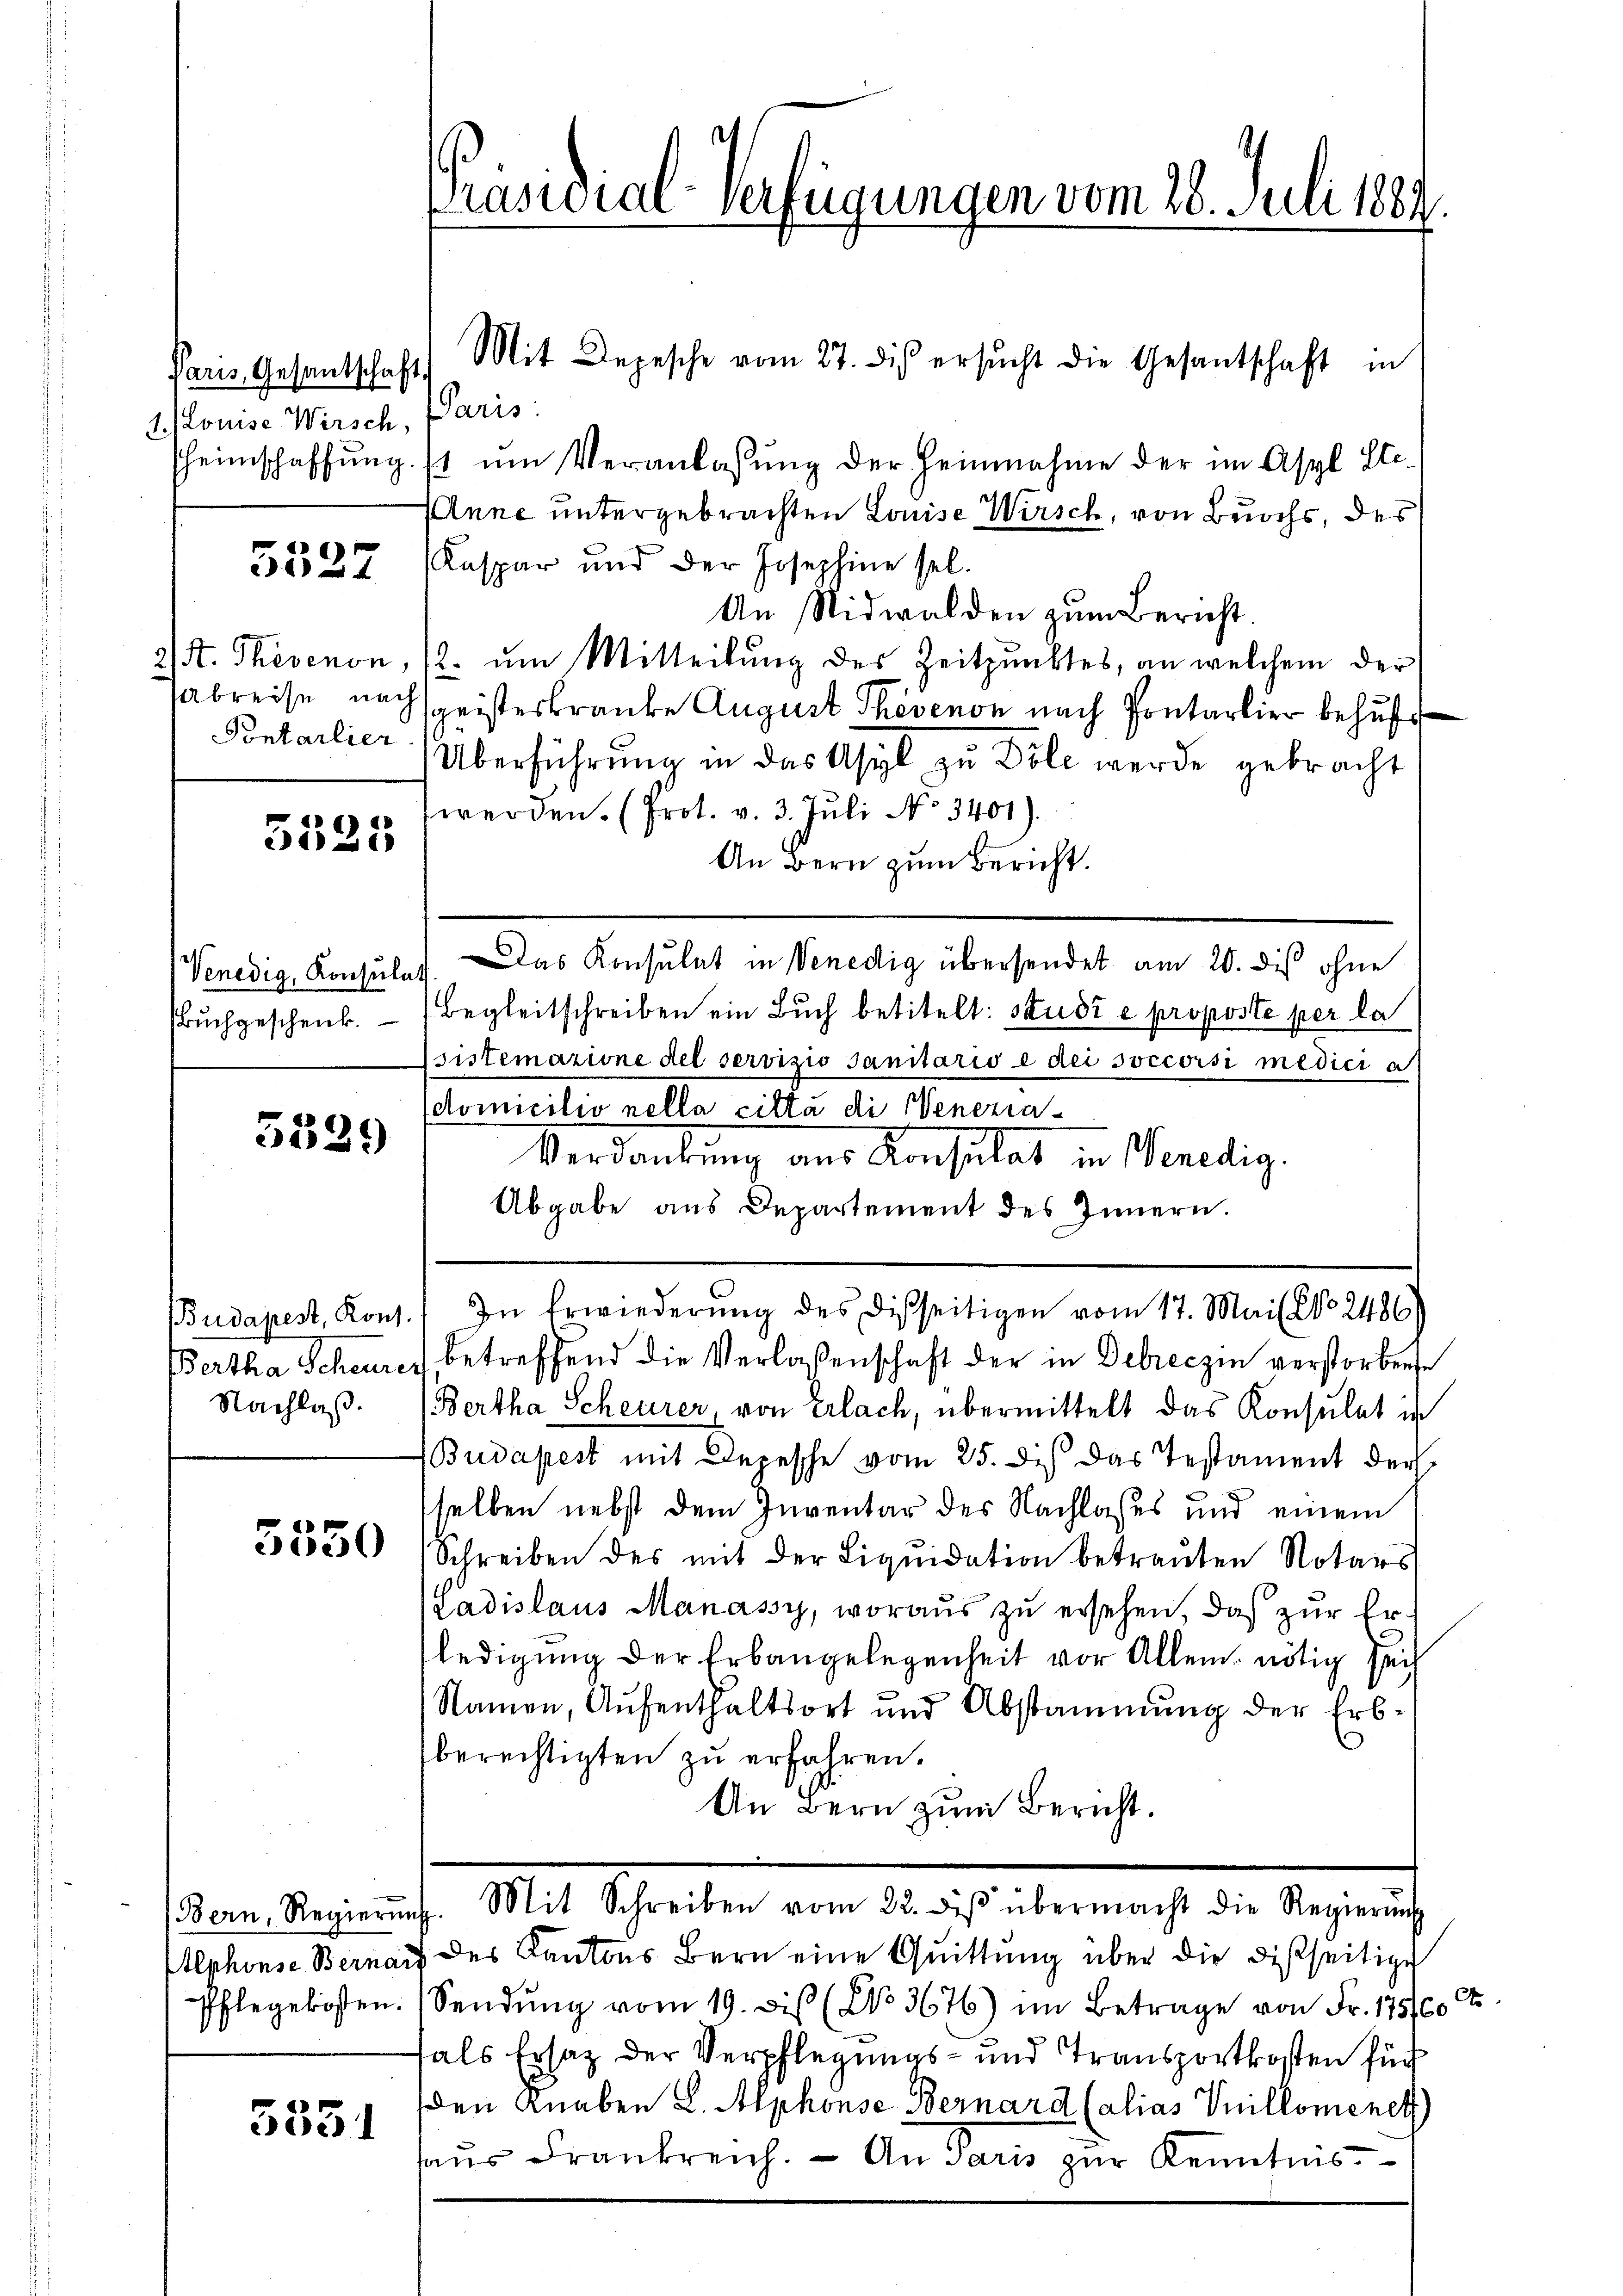
Paris, Gesandtschaft
. Louise Wirsch, Paris

5527

2/. Therenon,
abreise, nach
Pontarlier

5525

buchgeschenk.

5339

Budapest, Kons.
Bertha Scheurer
Nachlaß.

5550

5531

Präsidial-Verfügungen vom 28. Juli 1881.

Mit Depesche vom 27. dis ersŭcht die Gesantschaft in
heimschaffŭng st ŭm Veranlassŭng der Heinnahme der im Asyl Ste-
Anne untergebrachten Louise Wirsch, von Buochs, des
Kaspar und der Josephine sel.
An Nidwalden zum Bericht.
2. um Mitteilung des Zeitpunktes, an welchem der
sgeisteskranke August Thovenon nach Pontarlier behufs
Überführung in das Asyl zu Döle werde gebracht
werden. (Prot. v. 3. Juli No 3401).
An Bern zum Bericht.
Begleitschreiben ein Buch betitelt: Studi e proposte per la
sistematione del servizio Sanitario e dei soccorsi medici a
(domicilio nella cilla di Senezia¬
Verdankung aus Konsulat in Wenedig.
Abgabe aus Departement des Innern.
In Erwiederung des Disseitigen vom 17. Mai l. 20. 2486)
 betreffend die Verlaßenschaft der in Debreczin verstorbene
(Bertha Scheurer, von Erlach, übermittelt das Konsulat in
Budapest mit Depesche vom 25. Dies das Testament der
selben nebst dem Inventar des Nachlasses und einem
Schreiben des mit der Liqŭidation betraŭten Notars
Ladislaus Manassy, woraus zu ersehen, daß zur Er
ledigung der Erbangelegenheit vor Allem nötig sei
Namen, Aufenthaltsort und Abstammung der Erb-
berechtigten zu erfahren.
An Bern zum Bericht.

Venedig, Konsulaf. Das Konsulat in Venedig übersendet am 20. dis ohne

sden Regiment. Mit Schreiben von Bericht abermacht die Sachende

Alphons Bernau des Kantons Bern eine Quittung über die disseitige
Pflegekosten. (Sendung vom 19. dis (No 3676) im Betrage von Fr. 175/60 c
fals Ersatz der Verpflegungs- und Transportkosten für
den Knaben L. Alphonse Bernard Calias Vuillonenet
haus Frankreich. — An Paris zur Kenntnis